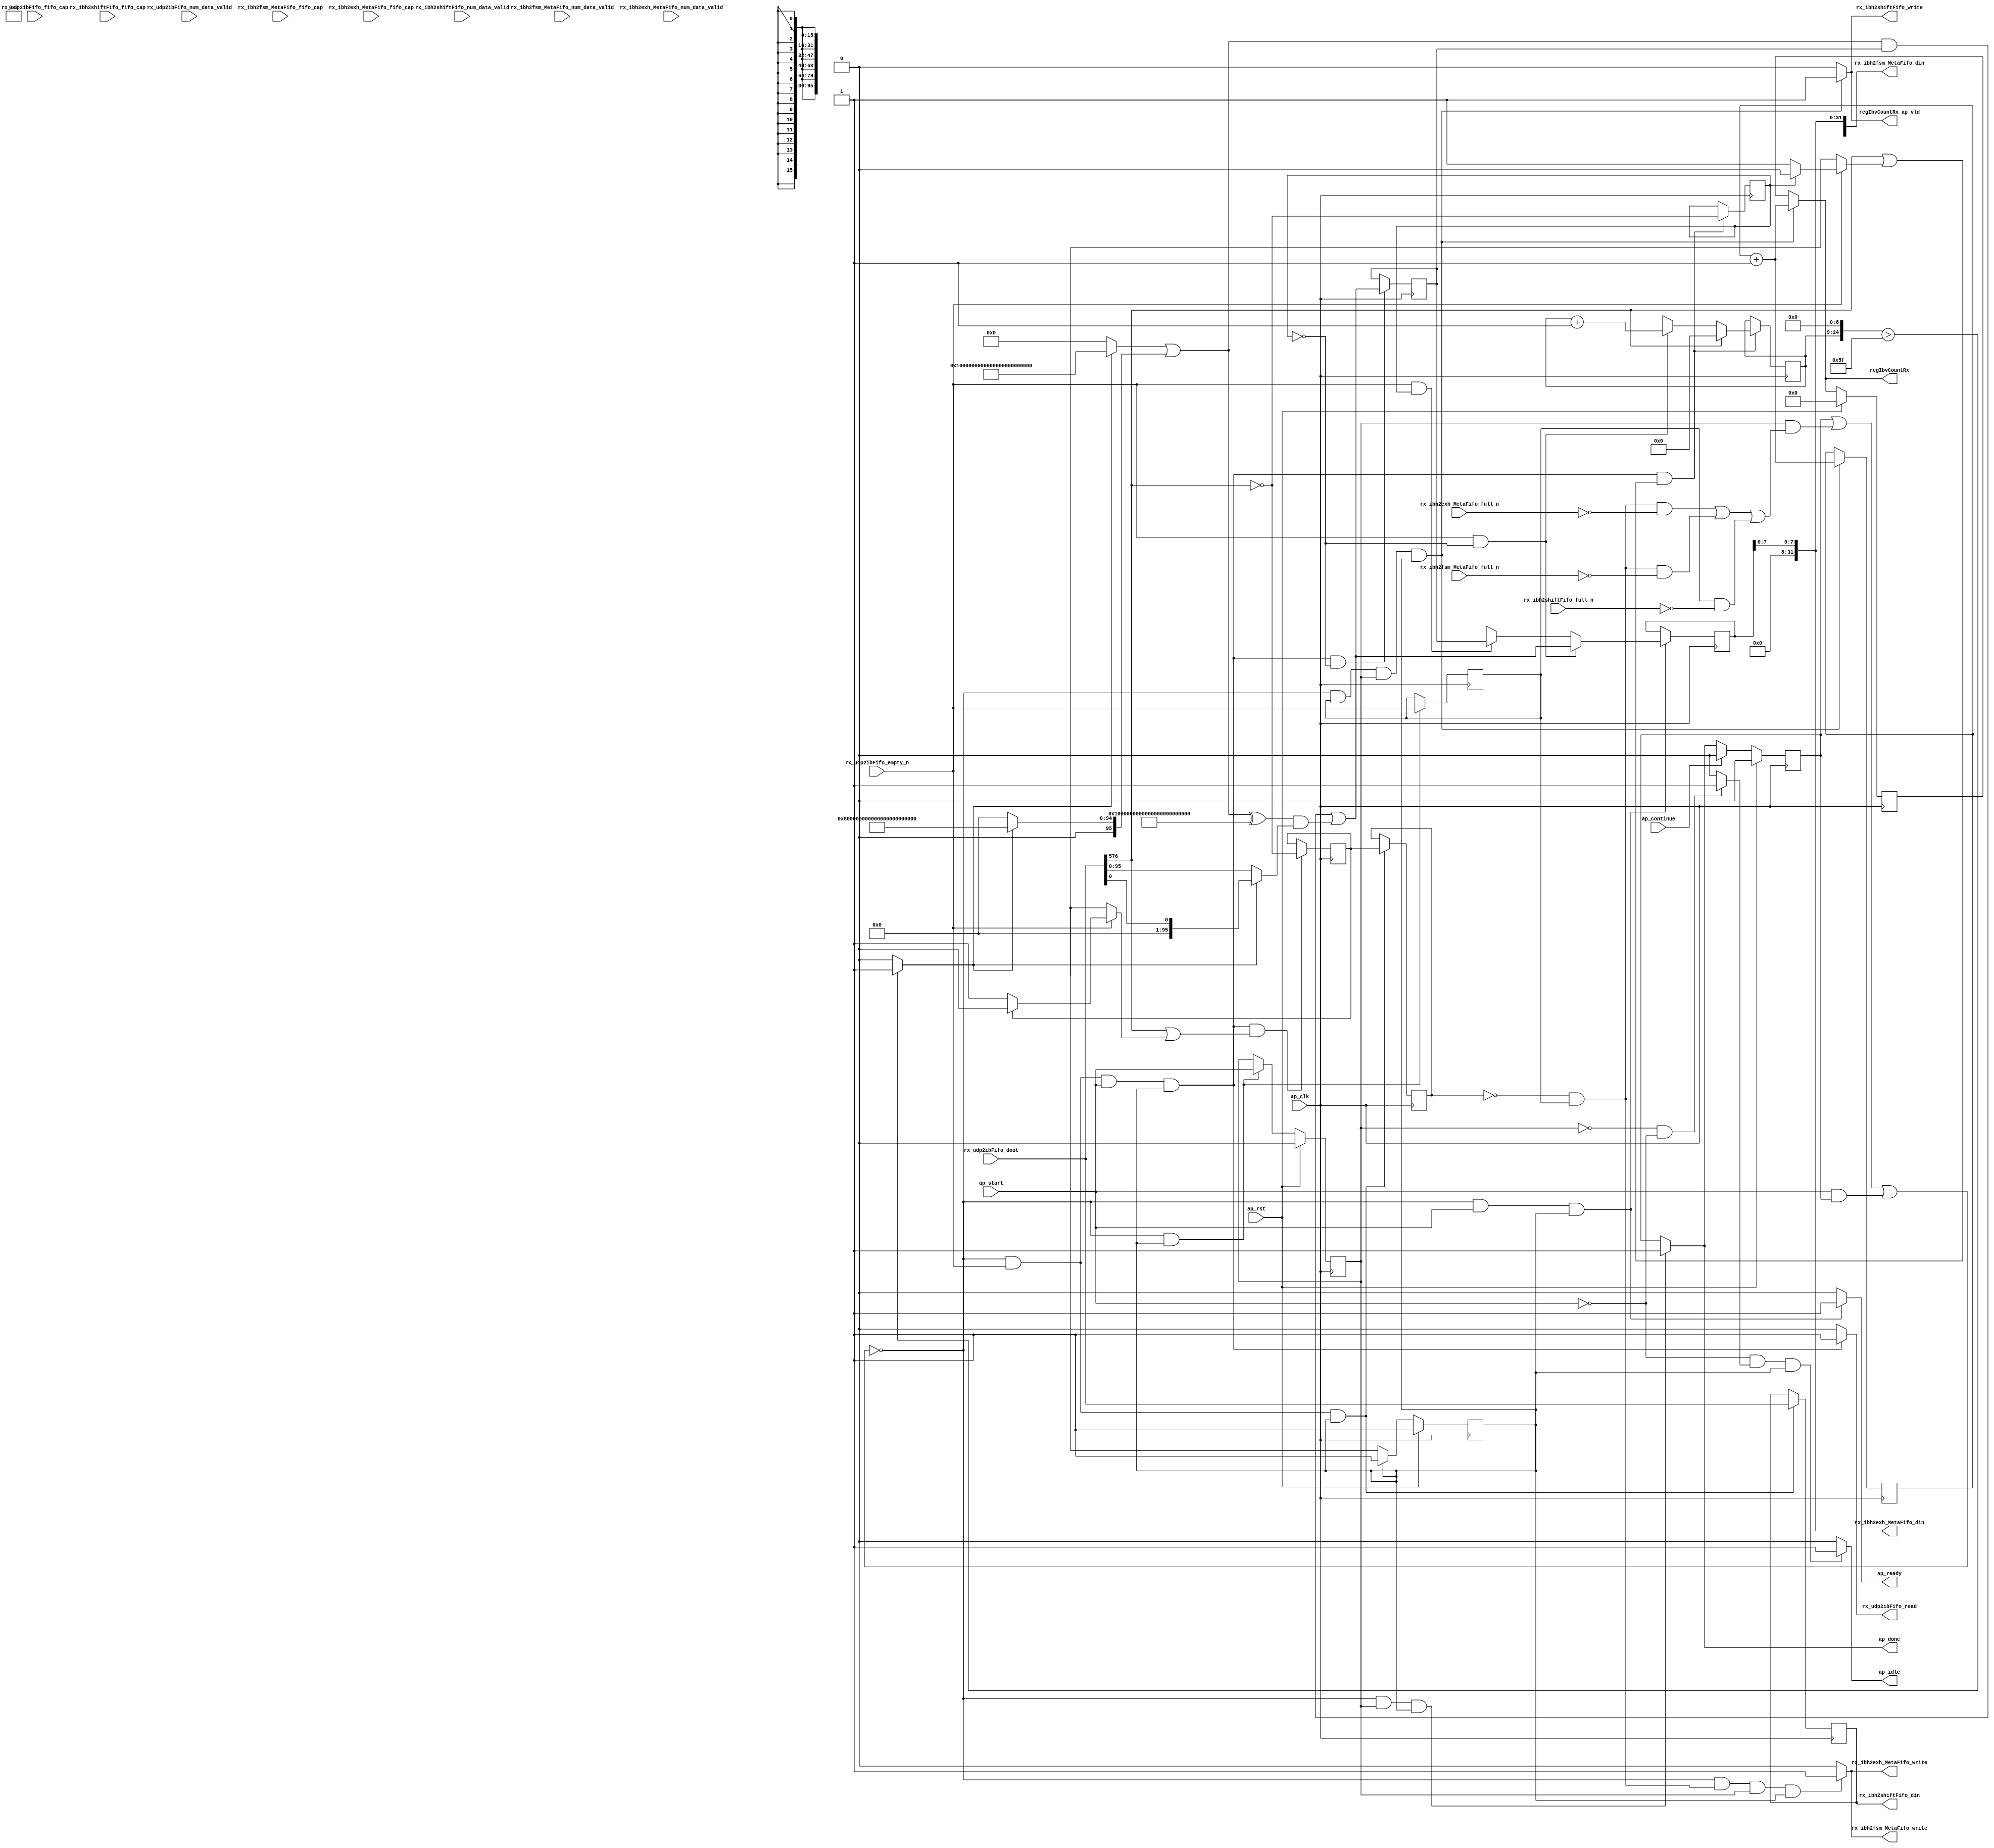
// ==============================================================
// RTL generated by Vitis HLS - High-Level Synthesis from C, C++ and OpenCL v2022.1 (64-bit)
// Version: 2022.1
// Copyright (C) Copyright 1986-2022 Xilinx, Inc. All Rights Reserved.
// 
// ===========================================================

`timescale 1 ns / 1 ps 

module rocev2_top_rx_process_ibh_512_0_s (
        ap_clk,
        ap_rst,
        ap_start,
        ap_done,
        ap_continue,
        ap_idle,
        ap_ready,
        rx_udp2ibFifo_dout,
        rx_udp2ibFifo_num_data_valid,
        rx_udp2ibFifo_fifo_cap,
        rx_udp2ibFifo_empty_n,
        rx_udp2ibFifo_read,
        rx_ibh2shiftFifo_din,
        rx_ibh2shiftFifo_num_data_valid,
        rx_ibh2shiftFifo_fifo_cap,
        rx_ibh2shiftFifo_full_n,
        rx_ibh2shiftFifo_write,
        rx_ibh2fsm_MetaFifo_din,
        rx_ibh2fsm_MetaFifo_num_data_valid,
        rx_ibh2fsm_MetaFifo_fifo_cap,
        rx_ibh2fsm_MetaFifo_full_n,
        rx_ibh2fsm_MetaFifo_write,
        rx_ibh2exh_MetaFifo_din,
        rx_ibh2exh_MetaFifo_num_data_valid,
        rx_ibh2exh_MetaFifo_fifo_cap,
        rx_ibh2exh_MetaFifo_full_n,
        rx_ibh2exh_MetaFifo_write,
        regIbvCountRx,
        regIbvCountRx_ap_vld
);

parameter    ap_ST_fsm_pp0_stage0 = 1'd1;

input   ap_clk;
input   ap_rst;
input   ap_start;
output   ap_done;
input   ap_continue;
output   ap_idle;
output   ap_ready;
input  [1023:0] rx_udp2ibFifo_dout;
input  [1:0] rx_udp2ibFifo_num_data_valid;
input  [1:0] rx_udp2ibFifo_fifo_cap;
input   rx_udp2ibFifo_empty_n;
output   rx_udp2ibFifo_read;
output  [1023:0] rx_ibh2shiftFifo_din;
input  [1:0] rx_ibh2shiftFifo_num_data_valid;
input  [1:0] rx_ibh2shiftFifo_fifo_cap;
input   rx_ibh2shiftFifo_full_n;
output   rx_ibh2shiftFifo_write;
output  [118:0] rx_ibh2fsm_MetaFifo_din;
input  [1:0] rx_ibh2fsm_MetaFifo_num_data_valid;
input  [1:0] rx_ibh2fsm_MetaFifo_fifo_cap;
input   rx_ibh2fsm_MetaFifo_full_n;
output   rx_ibh2fsm_MetaFifo_write;
output  [31:0] rx_ibh2exh_MetaFifo_din;
input  [1:0] rx_ibh2exh_MetaFifo_num_data_valid;
input  [1:0] rx_ibh2exh_MetaFifo_fifo_cap;
input   rx_ibh2exh_MetaFifo_full_n;
output   rx_ibh2exh_MetaFifo_write;
output  [31:0] regIbvCountRx;
output   regIbvCountRx_ap_vld;

reg ap_done;
reg ap_idle;
reg ap_ready;
reg rx_udp2ibFifo_read;
reg rx_ibh2shiftFifo_write;
reg rx_ibh2fsm_MetaFifo_write;
reg rx_ibh2exh_MetaFifo_write;
reg[31:0] regIbvCountRx;
reg regIbvCountRx_ap_vld;

(* fsm_encoding = "none" *) reg   [0:0] ap_CS_fsm;
wire    ap_CS_fsm_pp0_stage0;
wire    ap_enable_reg_pp0_iter0;
reg    ap_enable_reg_pp0_iter1;
reg    ap_idle_pp0;
wire   [0:0] tmp_i_nbreadreq_fu_116_p3;
reg    ap_done_reg;
reg    ap_block_state1_pp0_stage0_iter0;
reg   [0:0] tmp_i_reg_511;
reg   [0:0] metaWritten_load_reg_533;
reg    ap_predicate_op82_write_state2;
reg    ap_predicate_op83_write_state2;
reg    ap_block_state2_pp0_stage0_iter1;
reg    ap_block_pp0_stage0_subdone;
reg   [0:0] bth_ready;
reg   [31:0] validRx_V;
reg   [15:0] bth_idx;
reg   [95:0] bth_header_V;
reg   [0:0] metaWritten;
reg    rx_udp2ibFifo_blk_n;
wire    ap_block_pp0_stage0;
reg    rx_ibh2shiftFifo_blk_n;
reg    rx_ibh2fsm_MetaFifo_blk_n;
reg    rx_ibh2exh_MetaFifo_blk_n;
reg    ap_block_pp0_stage0_11001;
reg   [1023:0] rx_udp2ibFifo_read_reg_515;
wire   [95:0] p_Result_s_fu_322_p2;
wire   [0:0] bth_ready_load_load_fu_207_p1;
wire   [0:0] metaWritten_load_load_fu_334_p1;
reg   [0:0] ap_phi_mux_bth_ready_flag_0_i_phi_fu_161_p4;
wire   [0:0] ap_phi_reg_pp0_iter0_bth_ready_flag_0_i_reg_158;
reg   [15:0] ap_phi_mux_bth_idx_new_0_i_phi_fu_172_p4;
wire   [15:0] add_ln67_fu_231_p2;
wire   [15:0] ap_phi_reg_pp0_iter0_bth_idx_new_0_i_reg_169;
reg   [0:0] ap_phi_mux_metaWritten_flag_0_i_phi_fu_182_p4;
wire   [0:0] ap_phi_reg_pp0_iter0_metaWritten_flag_0_i_reg_179;
wire   [95:0] ap_phi_reg_pp0_iter0_t_reg_190;
reg   [95:0] ap_phi_reg_pp0_iter1_t_reg_190;
wire   [0:0] xor_ln88_fu_344_p2;
wire   [0:0] or_ln88_fu_338_p2;
wire   [31:0] add_ln886_fu_386_p2;
wire   [15:0] select_ln88_fu_350_p3;
wire   [0:0] or_ln88_1_fu_358_p2;
reg   [31:0] regIbvCountRx_preg;
reg    ap_block_pp0_stage0_01001;
wire   [24:0] shl_ln_fu_219_p3;
wire   [0:0] trunc_ln414_fu_244_p1;
wire   [0:0] icmp_ln414_fu_238_p2;
wire   [95:0] st_fu_248_p3;
wire   [95:0] tmp_7_fu_227_p1;
wire   [95:0] select_ln414_fu_256_p3;
reg   [95:0] tmp_fu_264_p4;
wire   [95:0] select_ln414_2_fu_282_p3;
wire   [95:0] select_ln414_3_fu_290_p3;
wire   [95:0] or_ln414_fu_298_p2;
wire   [95:0] select_ln414_1_fu_274_p3;
wire   [95:0] xor_ln414_fu_304_p2;
wire   [95:0] and_ln414_fu_310_p2;
wire   [95:0] and_ln414_1_fu_316_p2;
wire   [0:0] currWord_last_V_fu_199_p3;
wire   [7:0] trunc_ln714_fu_399_p1;
wire   [7:0] tmp_15_i_fu_458_p4;
wire   [7:0] tmp_14_i_fu_448_p4;
wire   [7:0] tmp_13_i_fu_438_p4;
wire   [7:0] tmp_12_i_fu_428_p4;
wire   [7:0] tmp_11_i_fu_418_p4;
wire   [7:0] tmp_10_i_fu_408_p4;
wire   [15:0] tmp_31_i_fu_468_p4;
wire   [96:0] tmp_3_fu_478_p11;
wire  signed [97:0] sext_ln174_fu_502_p1;
reg   [0:0] ap_NS_fsm;
reg    ap_idle_pp0_0to0;
reg    ap_reset_idle_pp0;
wire    ap_enable_pp0;
reg    ap_condition_146;
wire    ap_ce_reg;

// power-on initialization
initial begin
#0 ap_CS_fsm = 1'd1;
#0 ap_enable_reg_pp0_iter1 = 1'b0;
#0 ap_done_reg = 1'b0;
#0 bth_ready = 1'd0;
#0 validRx_V = 32'd0;
#0 bth_idx = 16'd0;
#0 bth_header_V = 96'd0;
#0 metaWritten = 1'd0;
#0 regIbvCountRx_preg = 32'd0;
end

always @ (posedge ap_clk) begin
    if (ap_rst == 1'b1) begin
        ap_CS_fsm <= ap_ST_fsm_pp0_stage0;
    end else begin
        ap_CS_fsm <= ap_NS_fsm;
    end
end

always @ (posedge ap_clk) begin
    if (ap_rst == 1'b1) begin
        ap_done_reg <= 1'b0;
    end else begin
        if ((ap_continue == 1'b1)) begin
            ap_done_reg <= 1'b0;
        end else if (((1'b0 == ap_block_pp0_stage0_subdone) & (ap_enable_reg_pp0_iter1 == 1'b1) & (1'b1 == ap_CS_fsm_pp0_stage0))) begin
            ap_done_reg <= 1'b1;
        end
    end
end

always @ (posedge ap_clk) begin
    if (ap_rst == 1'b1) begin
        ap_enable_reg_pp0_iter1 <= 1'b0;
    end else begin
        if (((1'b0 == ap_block_pp0_stage0_subdone) & (1'b1 == ap_CS_fsm_pp0_stage0))) begin
            ap_enable_reg_pp0_iter1 <= ap_start;
        end
    end
end

always @ (posedge ap_clk) begin
    if (ap_rst == 1'b1) begin
        regIbvCountRx_preg <= 32'd0;
    end else begin
        if (((1'b0 == ap_block_pp0_stage0_01001) & (tmp_i_reg_511 == 1'd1) & (ap_enable_reg_pp0_iter1 == 1'b1) & (1'b1 == ap_CS_fsm_pp0_stage0))) begin
            regIbvCountRx_preg <= add_ln886_fu_386_p2;
        end
    end
end

always @ (posedge ap_clk) begin
    if ((1'b1 == ap_condition_146)) begin
        if (((tmp_i_nbreadreq_fu_116_p3 == 1'd1) & (bth_ready_load_load_fu_207_p1 == 1'd0))) begin
            ap_phi_reg_pp0_iter1_t_reg_190 <= p_Result_s_fu_322_p2;
        end else if (((tmp_i_nbreadreq_fu_116_p3 == 1'd1) & (bth_ready_load_load_fu_207_p1 == 1'd1))) begin
            ap_phi_reg_pp0_iter1_t_reg_190 <= bth_header_V;
        end else if ((1'b1 == 1'b1)) begin
            ap_phi_reg_pp0_iter1_t_reg_190 <= ap_phi_reg_pp0_iter0_t_reg_190;
        end
    end
end

always @ (posedge ap_clk) begin
    if (((1'b0 == ap_block_pp0_stage0_11001) & (tmp_i_nbreadreq_fu_116_p3 == 1'd1) & (ap_start == 1'b1) & (1'b1 == ap_CS_fsm_pp0_stage0) & (bth_ready_load_load_fu_207_p1 == 1'd0))) begin
        bth_header_V <= p_Result_s_fu_322_p2;
    end
end

always @ (posedge ap_clk) begin
    if (((1'b0 == ap_block_pp0_stage0_11001) & (tmp_i_nbreadreq_fu_116_p3 == 1'd1) & (ap_start == 1'b1) & (1'b1 == ap_CS_fsm_pp0_stage0) & (or_ln88_fu_338_p2 == 1'd1))) begin
        bth_idx <= select_ln88_fu_350_p3;
        bth_ready <= xor_ln88_fu_344_p2;
    end
end

always @ (posedge ap_clk) begin
    if (((1'b0 == ap_block_pp0_stage0_11001) & (tmp_i_nbreadreq_fu_116_p3 == 1'd1) & (ap_start == 1'b1) & (1'b1 == ap_CS_fsm_pp0_stage0) & (or_ln88_1_fu_358_p2 == 1'd1))) begin
        metaWritten <= xor_ln88_fu_344_p2;
    end
end

always @ (posedge ap_clk) begin
    if (((1'b0 == ap_block_pp0_stage0_11001) & (tmp_i_nbreadreq_fu_116_p3 == 1'd1) & (1'b1 == ap_CS_fsm_pp0_stage0))) begin
        metaWritten_load_reg_533 <= metaWritten;
        rx_udp2ibFifo_read_reg_515 <= rx_udp2ibFifo_dout;
    end
end

always @ (posedge ap_clk) begin
    if (((1'b0 == ap_block_pp0_stage0_11001) & (1'b1 == ap_CS_fsm_pp0_stage0))) begin
        tmp_i_reg_511 <= tmp_i_nbreadreq_fu_116_p3;
    end
end

always @ (posedge ap_clk) begin
    if (((1'b0 == ap_block_pp0_stage0_11001) & (tmp_i_reg_511 == 1'd1) & (ap_enable_reg_pp0_iter1 == 1'b1) & (1'b1 == ap_CS_fsm_pp0_stage0))) begin
        validRx_V <= add_ln886_fu_386_p2;
    end
end

always @ (*) begin
    if (((1'b0 == ap_block_pp0_stage0_subdone) & (ap_enable_reg_pp0_iter1 == 1'b1) & (1'b1 == ap_CS_fsm_pp0_stage0))) begin
        ap_done = 1'b1;
    end else begin
        ap_done = ap_done_reg;
    end
end

always @ (*) begin
    if (((ap_start == 1'b0) & (ap_idle_pp0 == 1'b1) & (1'b1 == ap_CS_fsm_pp0_stage0))) begin
        ap_idle = 1'b1;
    end else begin
        ap_idle = 1'b0;
    end
end

always @ (*) begin
    if (((ap_enable_reg_pp0_iter1 == 1'b0) & (ap_enable_reg_pp0_iter0 == 1'b0))) begin
        ap_idle_pp0 = 1'b1;
    end else begin
        ap_idle_pp0 = 1'b0;
    end
end

always @ (*) begin
    if ((ap_enable_reg_pp0_iter0 == 1'b0)) begin
        ap_idle_pp0_0to0 = 1'b1;
    end else begin
        ap_idle_pp0_0to0 = 1'b0;
    end
end

always @ (*) begin
    if (((tmp_i_nbreadreq_fu_116_p3 == 1'd1) & (bth_ready_load_load_fu_207_p1 == 1'd0))) begin
        ap_phi_mux_bth_idx_new_0_i_phi_fu_172_p4 = add_ln67_fu_231_p2;
    end else begin
        ap_phi_mux_bth_idx_new_0_i_phi_fu_172_p4 = ap_phi_reg_pp0_iter0_bth_idx_new_0_i_reg_169;
    end
end

always @ (*) begin
    if ((tmp_i_nbreadreq_fu_116_p3 == 1'd1)) begin
        if ((bth_ready_load_load_fu_207_p1 == 1'd0)) begin
            ap_phi_mux_bth_ready_flag_0_i_phi_fu_161_p4 = 1'd1;
        end else if ((bth_ready_load_load_fu_207_p1 == 1'd1)) begin
            ap_phi_mux_bth_ready_flag_0_i_phi_fu_161_p4 = 1'd0;
        end else begin
            ap_phi_mux_bth_ready_flag_0_i_phi_fu_161_p4 = ap_phi_reg_pp0_iter0_bth_ready_flag_0_i_reg_158;
        end
    end else begin
        ap_phi_mux_bth_ready_flag_0_i_phi_fu_161_p4 = ap_phi_reg_pp0_iter0_bth_ready_flag_0_i_reg_158;
    end
end

always @ (*) begin
    if ((tmp_i_nbreadreq_fu_116_p3 == 1'd1)) begin
        if ((metaWritten_load_load_fu_334_p1 == 1'd0)) begin
            ap_phi_mux_metaWritten_flag_0_i_phi_fu_182_p4 = 1'd1;
        end else if ((metaWritten_load_load_fu_334_p1 == 1'd1)) begin
            ap_phi_mux_metaWritten_flag_0_i_phi_fu_182_p4 = 1'd0;
        end else begin
            ap_phi_mux_metaWritten_flag_0_i_phi_fu_182_p4 = ap_phi_reg_pp0_iter0_metaWritten_flag_0_i_reg_179;
        end
    end else begin
        ap_phi_mux_metaWritten_flag_0_i_phi_fu_182_p4 = ap_phi_reg_pp0_iter0_metaWritten_flag_0_i_reg_179;
    end
end

always @ (*) begin
    if (((1'b0 == ap_block_pp0_stage0_subdone) & (ap_start == 1'b1) & (1'b1 == ap_CS_fsm_pp0_stage0))) begin
        ap_ready = 1'b1;
    end else begin
        ap_ready = 1'b0;
    end
end

always @ (*) begin
    if (((ap_start == 1'b0) & (ap_idle_pp0_0to0 == 1'b1))) begin
        ap_reset_idle_pp0 = 1'b1;
    end else begin
        ap_reset_idle_pp0 = 1'b0;
    end
end

always @ (*) begin
    if (((1'b0 == ap_block_pp0_stage0_01001) & (tmp_i_reg_511 == 1'd1) & (ap_enable_reg_pp0_iter1 == 1'b1) & (1'b1 == ap_CS_fsm_pp0_stage0))) begin
        regIbvCountRx = add_ln886_fu_386_p2;
    end else begin
        regIbvCountRx = regIbvCountRx_preg;
    end
end

always @ (*) begin
    if (((1'b0 == ap_block_pp0_stage0_11001) & (tmp_i_reg_511 == 1'd1) & (ap_enable_reg_pp0_iter1 == 1'b1) & (1'b1 == ap_CS_fsm_pp0_stage0))) begin
        regIbvCountRx_ap_vld = 1'b1;
    end else begin
        regIbvCountRx_ap_vld = 1'b0;
    end
end

always @ (*) begin
    if (((1'b0 == ap_block_pp0_stage0) & (ap_predicate_op83_write_state2 == 1'b1) & (ap_enable_reg_pp0_iter1 == 1'b1) & (1'b1 == ap_CS_fsm_pp0_stage0))) begin
        rx_ibh2exh_MetaFifo_blk_n = rx_ibh2exh_MetaFifo_full_n;
    end else begin
        rx_ibh2exh_MetaFifo_blk_n = 1'b1;
    end
end

always @ (*) begin
    if (((1'b0 == ap_block_pp0_stage0_11001) & (ap_predicate_op83_write_state2 == 1'b1) & (ap_enable_reg_pp0_iter1 == 1'b1) & (1'b1 == ap_CS_fsm_pp0_stage0))) begin
        rx_ibh2exh_MetaFifo_write = 1'b1;
    end else begin
        rx_ibh2exh_MetaFifo_write = 1'b0;
    end
end

always @ (*) begin
    if (((1'b0 == ap_block_pp0_stage0) & (ap_predicate_op82_write_state2 == 1'b1) & (ap_enable_reg_pp0_iter1 == 1'b1) & (1'b1 == ap_CS_fsm_pp0_stage0))) begin
        rx_ibh2fsm_MetaFifo_blk_n = rx_ibh2fsm_MetaFifo_full_n;
    end else begin
        rx_ibh2fsm_MetaFifo_blk_n = 1'b1;
    end
end

always @ (*) begin
    if (((1'b0 == ap_block_pp0_stage0_11001) & (ap_predicate_op82_write_state2 == 1'b1) & (ap_enable_reg_pp0_iter1 == 1'b1) & (1'b1 == ap_CS_fsm_pp0_stage0))) begin
        rx_ibh2fsm_MetaFifo_write = 1'b1;
    end else begin
        rx_ibh2fsm_MetaFifo_write = 1'b0;
    end
end

always @ (*) begin
    if (((1'b0 == ap_block_pp0_stage0) & (tmp_i_reg_511 == 1'd1) & (ap_enable_reg_pp0_iter1 == 1'b1) & (1'b1 == ap_CS_fsm_pp0_stage0))) begin
        rx_ibh2shiftFifo_blk_n = rx_ibh2shiftFifo_full_n;
    end else begin
        rx_ibh2shiftFifo_blk_n = 1'b1;
    end
end

always @ (*) begin
    if (((1'b0 == ap_block_pp0_stage0_11001) & (tmp_i_reg_511 == 1'd1) & (ap_enable_reg_pp0_iter1 == 1'b1) & (1'b1 == ap_CS_fsm_pp0_stage0))) begin
        rx_ibh2shiftFifo_write = 1'b1;
    end else begin
        rx_ibh2shiftFifo_write = 1'b0;
    end
end

always @ (*) begin
    if (((1'b0 == ap_block_pp0_stage0) & (ap_done_reg == 1'b0) & (tmp_i_nbreadreq_fu_116_p3 == 1'd1) & (ap_start == 1'b1) & (1'b1 == ap_CS_fsm_pp0_stage0))) begin
        rx_udp2ibFifo_blk_n = rx_udp2ibFifo_empty_n;
    end else begin
        rx_udp2ibFifo_blk_n = 1'b1;
    end
end

always @ (*) begin
    if (((1'b0 == ap_block_pp0_stage0_11001) & (tmp_i_nbreadreq_fu_116_p3 == 1'd1) & (ap_start == 1'b1) & (1'b1 == ap_CS_fsm_pp0_stage0))) begin
        rx_udp2ibFifo_read = 1'b1;
    end else begin
        rx_udp2ibFifo_read = 1'b0;
    end
end

always @ (*) begin
    case (ap_CS_fsm)
        ap_ST_fsm_pp0_stage0 : begin
            ap_NS_fsm = ap_ST_fsm_pp0_stage0;
        end
        default : begin
            ap_NS_fsm = 'bx;
        end
    endcase
end

assign add_ln67_fu_231_p2 = (bth_idx + 16'd1);

assign add_ln886_fu_386_p2 = (validRx_V + 32'd1);

assign and_ln414_1_fu_316_p2 = (xor_ln414_fu_304_p2 & select_ln414_1_fu_274_p3);

assign and_ln414_fu_310_p2 = (or_ln414_fu_298_p2 & bth_header_V);

assign ap_CS_fsm_pp0_stage0 = ap_CS_fsm[32'd0];

assign ap_block_pp0_stage0 = ~(1'b1 == 1'b1);

always @ (*) begin
    ap_block_pp0_stage0_01001 = ((ap_done_reg == 1'b1) | ((ap_enable_reg_pp0_iter1 == 1'b1) & (((ap_predicate_op83_write_state2 == 1'b1) & (rx_ibh2exh_MetaFifo_full_n == 1'b0)) | ((ap_predicate_op82_write_state2 == 1'b1) & (rx_ibh2fsm_MetaFifo_full_n == 1'b0)) | ((tmp_i_reg_511 == 1'd1) & (rx_ibh2shiftFifo_full_n == 1'b0)))) | ((ap_start == 1'b1) & ((ap_done_reg == 1'b1) | ((tmp_i_nbreadreq_fu_116_p3 == 1'd1) & (rx_udp2ibFifo_empty_n == 1'b0)))));
end

always @ (*) begin
    ap_block_pp0_stage0_11001 = ((ap_done_reg == 1'b1) | ((ap_enable_reg_pp0_iter1 == 1'b1) & (((ap_predicate_op83_write_state2 == 1'b1) & (rx_ibh2exh_MetaFifo_full_n == 1'b0)) | ((ap_predicate_op82_write_state2 == 1'b1) & (rx_ibh2fsm_MetaFifo_full_n == 1'b0)) | ((tmp_i_reg_511 == 1'd1) & (rx_ibh2shiftFifo_full_n == 1'b0)))) | ((ap_start == 1'b1) & ((ap_done_reg == 1'b1) | ((tmp_i_nbreadreq_fu_116_p3 == 1'd1) & (rx_udp2ibFifo_empty_n == 1'b0)))));
end

always @ (*) begin
    ap_block_pp0_stage0_subdone = ((ap_done_reg == 1'b1) | ((ap_enable_reg_pp0_iter1 == 1'b1) & (((ap_predicate_op83_write_state2 == 1'b1) & (rx_ibh2exh_MetaFifo_full_n == 1'b0)) | ((ap_predicate_op82_write_state2 == 1'b1) & (rx_ibh2fsm_MetaFifo_full_n == 1'b0)) | ((tmp_i_reg_511 == 1'd1) & (rx_ibh2shiftFifo_full_n == 1'b0)))) | ((ap_start == 1'b1) & ((ap_done_reg == 1'b1) | ((tmp_i_nbreadreq_fu_116_p3 == 1'd1) & (rx_udp2ibFifo_empty_n == 1'b0)))));
end

always @ (*) begin
    ap_block_state1_pp0_stage0_iter0 = ((ap_done_reg == 1'b1) | ((tmp_i_nbreadreq_fu_116_p3 == 1'd1) & (rx_udp2ibFifo_empty_n == 1'b0)));
end

always @ (*) begin
    ap_block_state2_pp0_stage0_iter1 = (((ap_predicate_op83_write_state2 == 1'b1) & (rx_ibh2exh_MetaFifo_full_n == 1'b0)) | ((ap_predicate_op82_write_state2 == 1'b1) & (rx_ibh2fsm_MetaFifo_full_n == 1'b0)) | ((tmp_i_reg_511 == 1'd1) & (rx_ibh2shiftFifo_full_n == 1'b0)));
end

always @ (*) begin
    ap_condition_146 = ((1'b0 == ap_block_pp0_stage0_11001) & (ap_start == 1'b1) & (1'b1 == ap_CS_fsm_pp0_stage0));
end

assign ap_enable_pp0 = (ap_idle_pp0 ^ 1'b1);

assign ap_enable_reg_pp0_iter0 = ap_start;

assign ap_phi_reg_pp0_iter0_bth_idx_new_0_i_reg_169 = 'bx;

assign ap_phi_reg_pp0_iter0_bth_ready_flag_0_i_reg_158 = 'bx;

assign ap_phi_reg_pp0_iter0_metaWritten_flag_0_i_reg_179 = 'bx;

assign ap_phi_reg_pp0_iter0_t_reg_190 = 'bx;

always @ (*) begin
    ap_predicate_op82_write_state2 = ((metaWritten_load_reg_533 == 1'd0) & (tmp_i_reg_511 == 1'd1));
end

always @ (*) begin
    ap_predicate_op83_write_state2 = ((metaWritten_load_reg_533 == 1'd0) & (tmp_i_reg_511 == 1'd1));
end

assign bth_ready_load_load_fu_207_p1 = bth_ready;

assign currWord_last_V_fu_199_p3 = rx_udp2ibFifo_dout[1024'd576];

assign icmp_ln414_fu_238_p2 = ((shl_ln_fu_219_p3 > 25'd95) ? 1'b1 : 1'b0);

assign metaWritten_load_load_fu_334_p1 = metaWritten;

assign or_ln414_fu_298_p2 = (select_ln414_3_fu_290_p3 | select_ln414_2_fu_282_p3);

assign or_ln88_1_fu_358_p2 = (currWord_last_V_fu_199_p3 | ap_phi_mux_metaWritten_flag_0_i_phi_fu_182_p4);

assign or_ln88_fu_338_p2 = (currWord_last_V_fu_199_p3 | ap_phi_mux_bth_ready_flag_0_i_phi_fu_161_p4);

assign p_Result_s_fu_322_p2 = (and_ln414_fu_310_p2 | and_ln414_1_fu_316_p2);

assign rx_ibh2exh_MetaFifo_din = trunc_ln714_fu_399_p1;

assign rx_ibh2fsm_MetaFifo_din = $unsigned(sext_ln174_fu_502_p1);

assign rx_ibh2shiftFifo_din = rx_udp2ibFifo_read_reg_515;

assign select_ln414_1_fu_274_p3 = ((icmp_ln414_fu_238_p2[0:0] == 1'b1) ? tmp_fu_264_p4 : tmp_7_fu_227_p1);

assign select_ln414_2_fu_282_p3 = ((icmp_ln414_fu_238_p2[0:0] == 1'b1) ? 96'd39614081257132168796771975167 : 96'd0);

assign select_ln414_3_fu_290_p3 = ((icmp_ln414_fu_238_p2[0:0] == 1'b1) ? 96'd79228162514264337593543950334 : 96'd0);

assign select_ln414_fu_256_p3 = ((icmp_ln414_fu_238_p2[0:0] == 1'b1) ? st_fu_248_p3 : tmp_7_fu_227_p1);

assign select_ln88_fu_350_p3 = ((currWord_last_V_fu_199_p3[0:0] == 1'b1) ? 16'd0 : ap_phi_mux_bth_idx_new_0_i_phi_fu_172_p4);

assign sext_ln174_fu_502_p1 = $signed(tmp_3_fu_478_p11);

assign shl_ln_fu_219_p3 = {{bth_idx}, {9'd0}};

assign st_fu_248_p3 = {{trunc_ln414_fu_244_p1}, {95'd0}};

assign tmp_10_i_fu_408_p4 = {{ap_phi_reg_pp0_iter1_t_reg_190[63:56]}};

assign tmp_11_i_fu_418_p4 = {{ap_phi_reg_pp0_iter1_t_reg_190[55:48]}};

assign tmp_12_i_fu_428_p4 = {{ap_phi_reg_pp0_iter1_t_reg_190[47:40]}};

assign tmp_13_i_fu_438_p4 = {{ap_phi_reg_pp0_iter1_t_reg_190[95:88]}};

assign tmp_14_i_fu_448_p4 = {{ap_phi_reg_pp0_iter1_t_reg_190[87:80]}};

assign tmp_15_i_fu_458_p4 = {{ap_phi_reg_pp0_iter1_t_reg_190[79:72]}};

assign tmp_31_i_fu_468_p4 = {{ap_phi_reg_pp0_iter1_t_reg_190[31:16]}};

assign tmp_3_fu_478_p11 = {{{{{{{{{{{{{{{{{{1'd1}, {tmp_15_i_fu_458_p4}}}, {tmp_14_i_fu_448_p4}}}, {tmp_13_i_fu_438_p4}}}, {tmp_12_i_fu_428_p4}}}, {tmp_11_i_fu_418_p4}}}, {tmp_10_i_fu_408_p4}}}, {tmp_31_i_fu_468_p4}}}, {24'd0}}}, {trunc_ln714_fu_399_p1}};

assign tmp_7_fu_227_p1 = rx_udp2ibFifo_dout[95:0];

integer ap_tvar_int_0;

always @ (select_ln414_fu_256_p3) begin
    for (ap_tvar_int_0 = 96 - 1; ap_tvar_int_0 >= 0; ap_tvar_int_0 = ap_tvar_int_0 - 1) begin
        if (ap_tvar_int_0 > 95 - 0) begin
            tmp_fu_264_p4[ap_tvar_int_0] = 1'b0;
        end else begin
            tmp_fu_264_p4[ap_tvar_int_0] = select_ln414_fu_256_p3[95 - ap_tvar_int_0];
        end
    end
end

assign tmp_i_nbreadreq_fu_116_p3 = rx_udp2ibFifo_empty_n;

assign trunc_ln414_fu_244_p1 = rx_udp2ibFifo_dout[0:0];

assign trunc_ln714_fu_399_p1 = ap_phi_reg_pp0_iter1_t_reg_190[7:0];

assign xor_ln414_fu_304_p2 = (or_ln414_fu_298_p2 ^ 96'd79228162514264337593543950335);

assign xor_ln88_fu_344_p2 = (currWord_last_V_fu_199_p3 ^ 1'd1);

endmodule //rocev2_top_rx_process_ibh_512_0_s